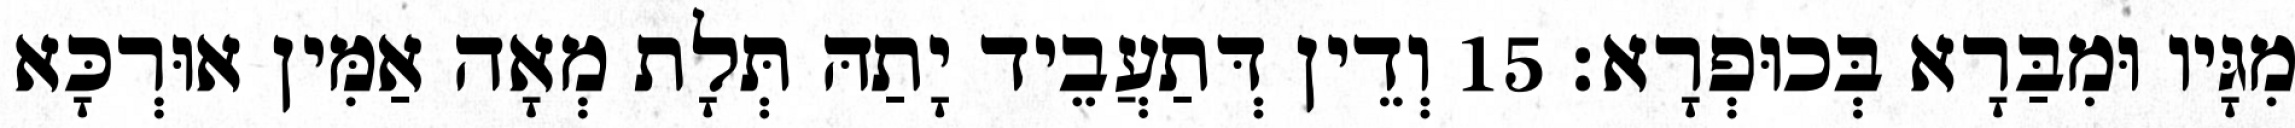
מִגָּיו וּמִבַּרָא בְּכוּפְרָא׃ 15 וְדֵין דְּתַעֲבֵיד יָתַהּ תְּלָת מְאָה אַמִּין אוּרְכָּא